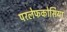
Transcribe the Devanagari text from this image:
परलेफकोसिया